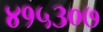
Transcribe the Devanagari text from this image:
४१५३०७